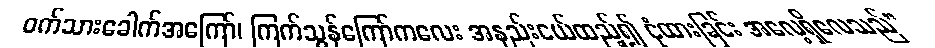
ဝက်သားခေါက်အကြော်၊ ကြက်သွန်ကြော်ကလေး အနည်းငယ်ထည့်၍ ငုံထားခြင်း အလေ့ရှိလေသည်”